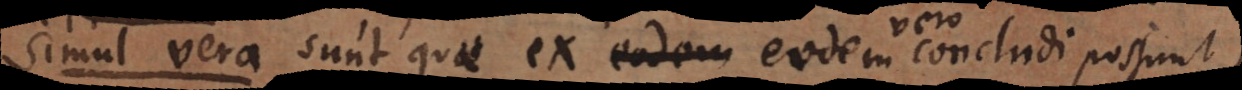
Simul vera sunt quae ex eodem vero concludi possu